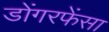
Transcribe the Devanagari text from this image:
डोंगरफेंसा